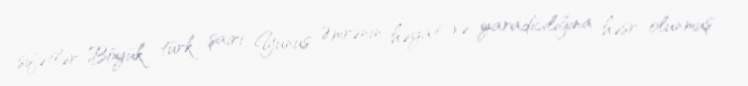
sifətlər Böyük türk şairi Yunus Əmrənin həyat və yaradıcılığına həsr olunmuş